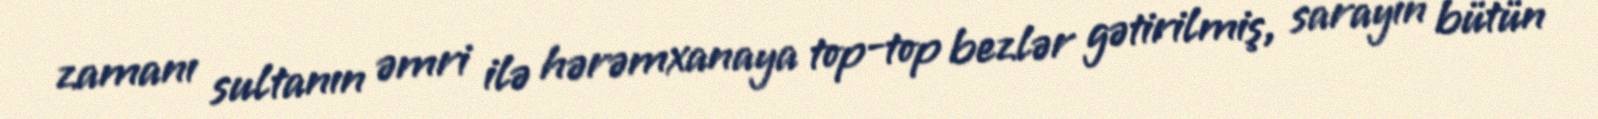
zamanı sultanın əmri ilə hərəmxanaya top-top bezlər gətirilmiş, sarayın bütün